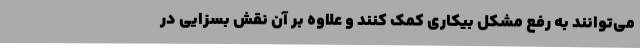
می‌توانند به رفع مشکل بیکاری کمک کنند و علاوه بر آن نقش بسزایی در